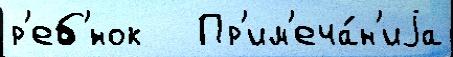
р'еб'́нок   Пр'им'еча́н'иjа